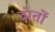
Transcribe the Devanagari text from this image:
दंातों